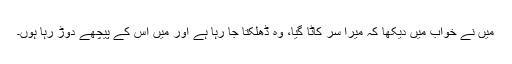
میں نے خواب میں دیکھا کہ میرا سر کاٹا گیا، وہ ڈھلکتا جا رہا ہے اور میں اس کے پیچھے دوڑ رہا ہوں۔